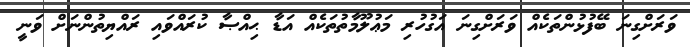
ވަރަށްގިނަ ބޭފުޅުންތަކެއް ވަރަށްގިނަ އަގުހުރި މަޢުލޫމާތުތަކެއް އަޑާ ޙިއްޞާ ކުރައްވައި ރައްޔިތުންނަށް ވަނީ